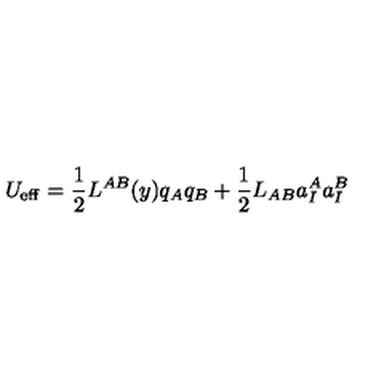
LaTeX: U _ { \mathrm { e f f } } = \frac { 1 } { 2 } L ^ { A B } ( y ) q _ { A } q _ { B } + \frac { 1 } { 2 } L _ { A B } a _ { I } ^ { A } a _ { I } ^ { B }